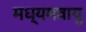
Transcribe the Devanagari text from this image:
मध्यमवायु